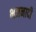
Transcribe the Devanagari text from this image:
भजनादी